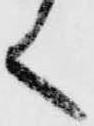
く